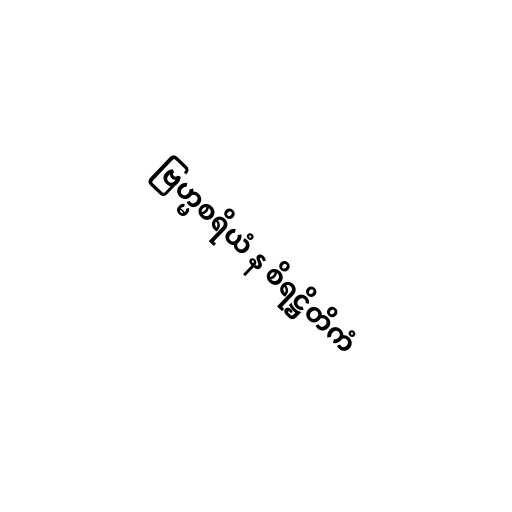
ဗြဟ္မစရိယံ န စိရဋ္ဌိတိကံ